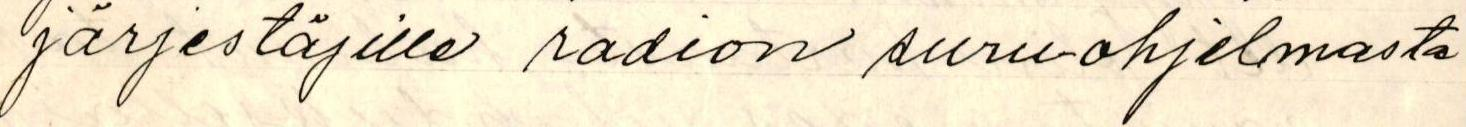
järjestäjille radion suruohjelmasta